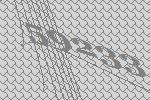
59233